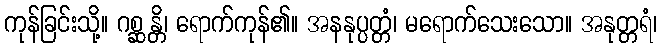
ကုန်ခြင်းသို့။ ဂစ္ဆန္တိ၊ ရောက်ကုန်၏။ အနနုပ္ပတ္တံ၊ မရောက်သေးသော။ အနုတ္တရံ၊